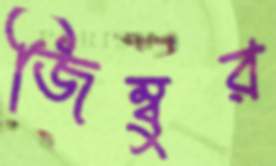
জিম্বুর